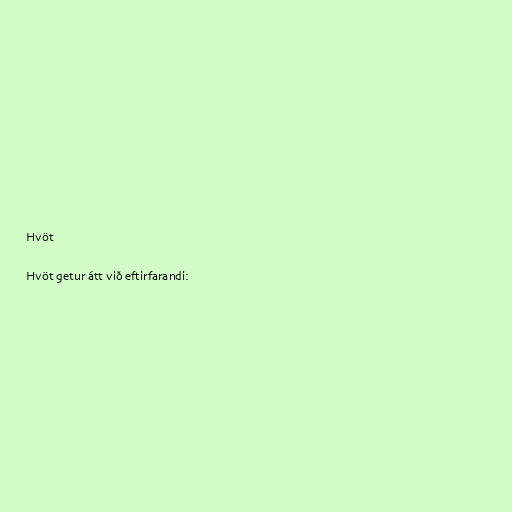
Hvöt

Hvöt getur átt við eftirfarandi: